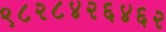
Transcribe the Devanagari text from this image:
९८२८४२६४६२